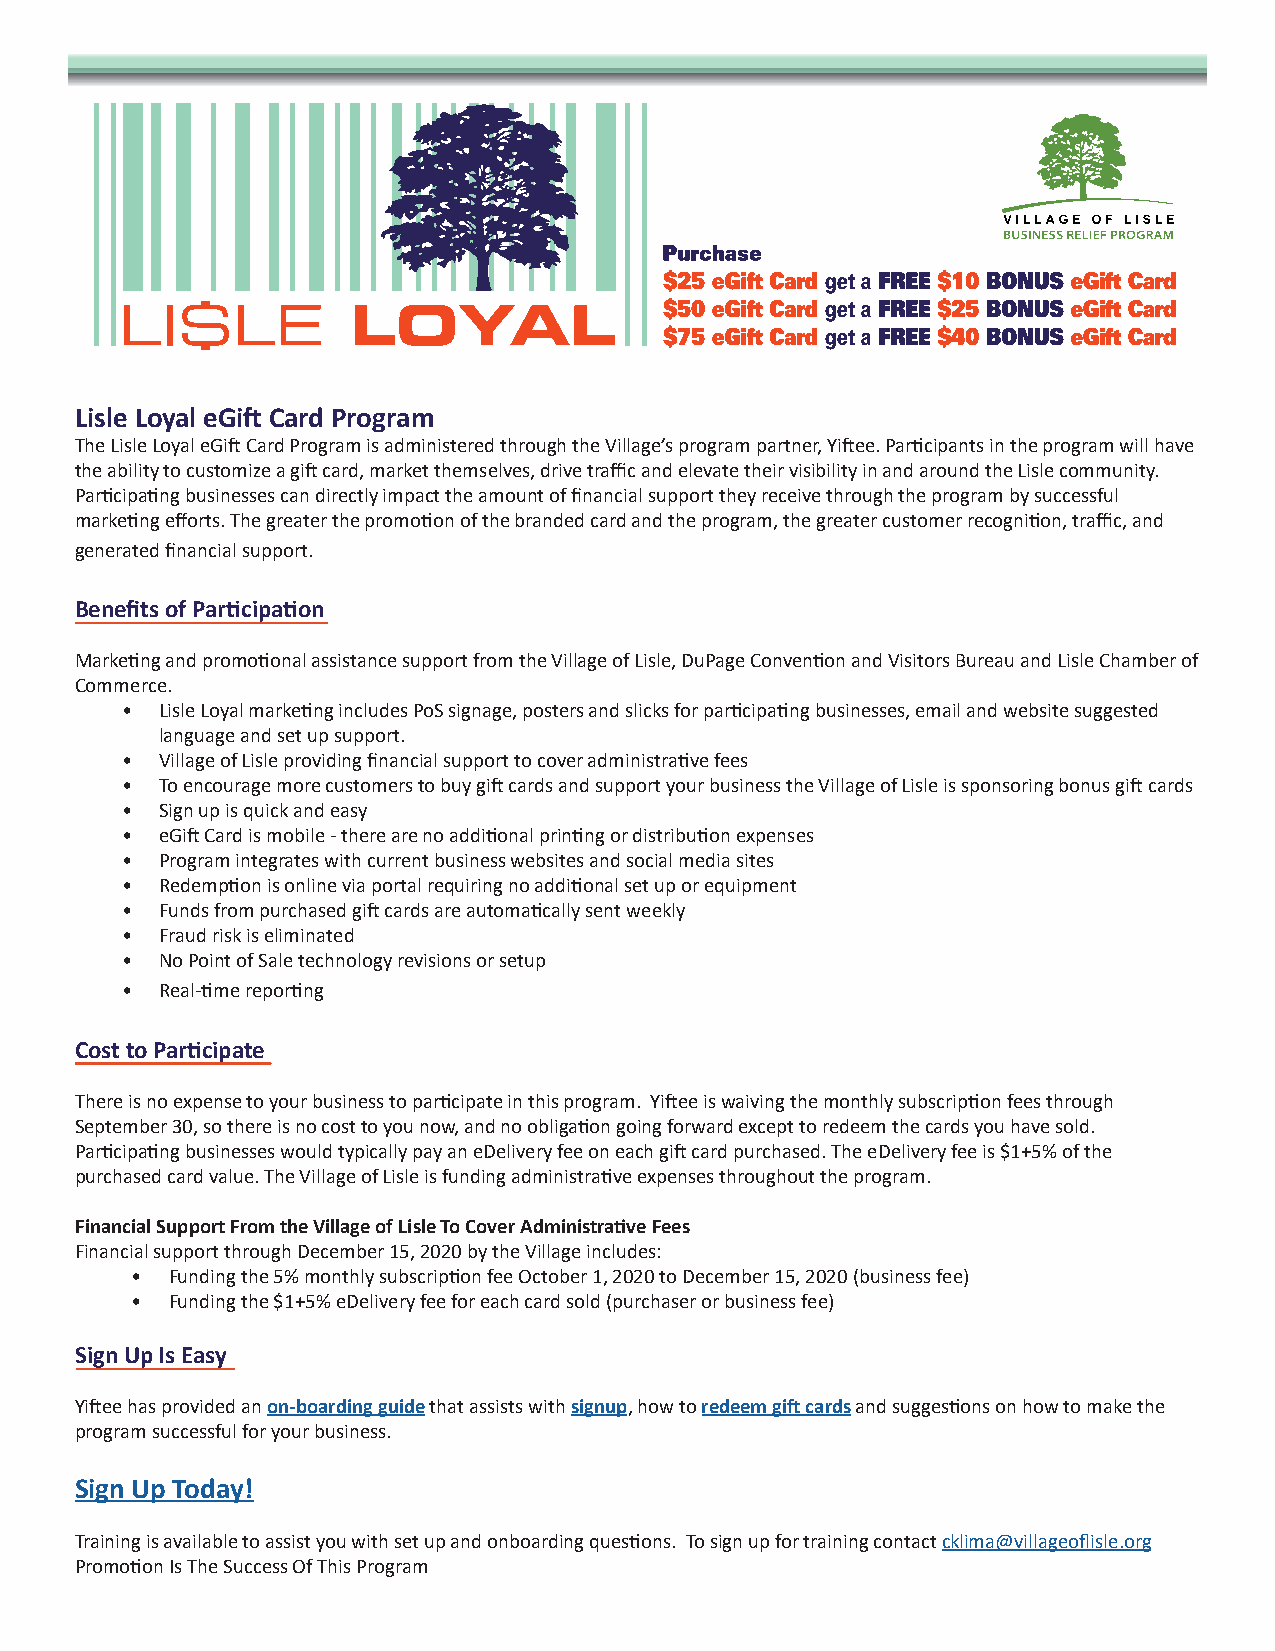
Lisle Loyal eGift Card Program
 The Lisle Loyal eGift Card Program is administered through the Village’s program partner, Yiftee. Participants in the program will have
 the ability to customize a gift card, market themselves, drive traffic and elevate their visibility in and around the Lisle community.
 Participating businesses can directly impact the amount of financial support they receive through the program by successful
 marketing efforts. The greater the promotion of the branded card and the program, the greater customer recognition, traffic, and
 generated financial support.
 Benefits of Participation
 Marketing and promotional assistance support from the Village of Lisle, DuPage Convention and Visitors Bureau and Lisle Chamber of
 Commerce.
 •  Lisle Loyal marketing includes PoS signage, posters and slicks for participating businesses, email and website suggested
 language and set up support.
 •  Village of Lisle providing financial support to cover administrative fees
 •  To encourage more customers to buy gift cards and support your business the Village of Lisle is sponsoring bonus gift cards
 •  Sign up is quick and easy
 •  eGift Card is mobile - there are no additional printing or distribution expenses
 •  Program integrates with current business websites and social media sites
 •  Redemption is online via portal requiring no additional set up or equipment
 •  Funds from purchased gift cards are automatically sent weekly
 •  Fraud risk is eliminated
 •  No Point of Sale technology revisions or setup
 •  Real-time reporting
 Cost to Participate
 There is no expense to your business to participate in this program. Yiftee is waiving the monthly subscription fees through
 September 30, so there is no cost to you now, and no obligation going forward except to redeem the cards you have sold.
 Participating businesses would typically pay an eDelivery fee on each gift card purchased. The eDelivery fee is $1+5% of the
 purchased card value. The Village of Lisle is funding administrative expenses throughout the program.
 Financial Support From the Village of Lisle To Cover Administrative Fees
 Financial support through December 15, 2020 by the Village includes:
 • Funding the 5% monthly subscription fee October 1, 2020 to December 15, 2020 (business fee)
 • Funding the $1+5% eDelivery fee for each card sold (purchaser or business fee)
 Sign Up Is Easy
 Yiftee has provided an on-boarding guide that assists with signup, how to redeem gift cards and suggestions on how to make the
 program successful for your business.
 Sign Up Today!
 Training is available to assist you with set up and onboarding questions. To sign up for training contact cklima@villageoflisle.org
 Promotion Is The Success Of This Program